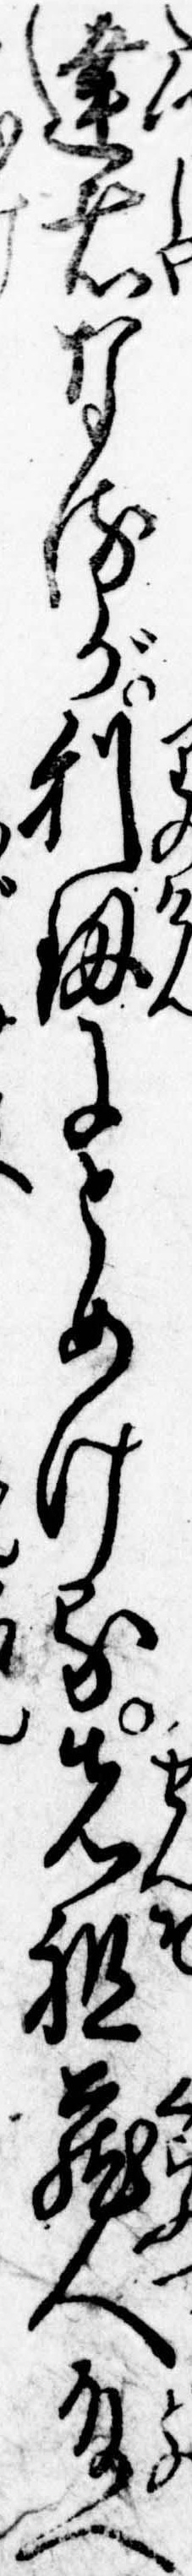
達者なるが利剣にとめける先祖蔵人殿へ